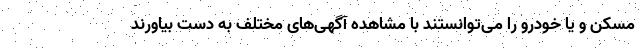
مسکن و یا خودرو را می‌توانستند با مشاهده آگهی‌های مختلف به دست بیاورند